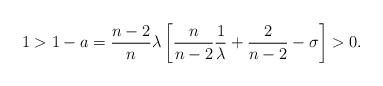
LaTeX: \begin{align*} 1>1-a=\frac{n-2}{n}\lambda \left[ \frac{n}{n-2} \frac{1}{\lambda} +\frac{2}{n-2}-\sigma\right]>0. \end{align*}